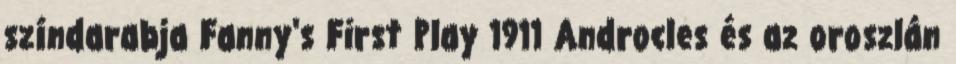
színdarabja Fanny's First Play 1911 Androcles és az oroszlán